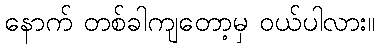
နောက် တစ်ခါကျတော့မှ ဝယ်ပါလား။